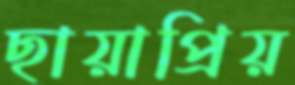
ছায়াপ্রিয়